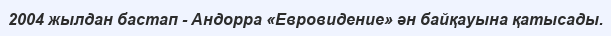
2004 жылдан бастап - Андорра «Евровидение» ән байқауына қатысады.